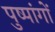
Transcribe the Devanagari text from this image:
पुष्पांगों